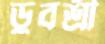
ডুবশ্রী